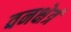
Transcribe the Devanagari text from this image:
वनक्षेत्रं